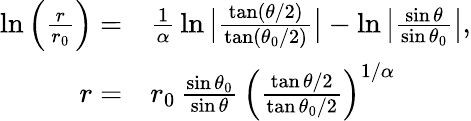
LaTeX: \begin{array}{rl}{\ln\left(\frac{r}{r_{0}}\right)=}&{\frac{1}{\alpha}\, \ln\big\vert\frac{\tan(\theta/2)}{\tan(\theta_{0}/2)}\big\vert-\ln\big\vert\frac{\sin\theta}{\sin\theta_{0}}\big\vert,}\\ {r=}&{r_{0}\, \frac{\sin\theta_{0}}{\sin\theta}\, \left(\frac{\tan\theta/2}{\tan\theta_{0}/2}\right)^{1/\alpha}}\end{array}